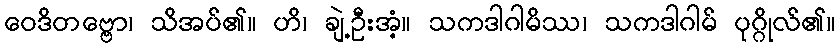
ဝေဒိတဗ္ဗော၊ သိအပ်၏။ ဟိ၊ ချဲ့ဦးအံ့။ သကဒါဂါမိဿ၊ သကဒါဂါမ် ပုဂ္ဂိုလ်၏။